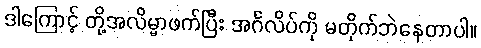
ဒါကြောင့် တို့အလိမ္မာဖက်ပြီး အင်္ဂလိပ်ကို မတိုက်ဘဲနေတာပါ။